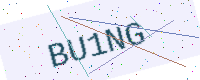
Text: BU1NG